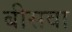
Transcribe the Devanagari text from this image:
बीसवा